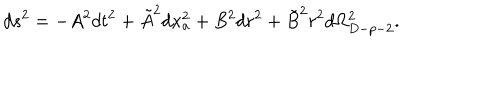
LaTeX: d s ^ { 2 } = - A ^ { 2 } d t ^ { 2 } + \tilde { A } ^ { 2 } d x _ { a } ^ { 2 } + B ^ { 2 } d r ^ { 2 } + \tilde { B } ^ { 2 } r ^ { 2 } d \Omega _ { D - p - 2 } ^ { 2 } .